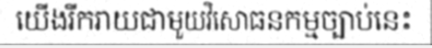
យើងរីករាយជាមួយវិសោធនកម្មច្បាប់នេះ